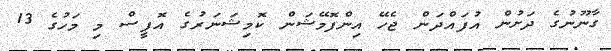
ގާނޫނުގެ ދަށުން އުފައްދަން ޖެހޭ އިންފޮމޭޝަން ކޮމިޝަނަރުގެ އޮފީސް މި މަހުގެ 13